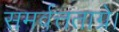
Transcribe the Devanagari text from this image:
समर्वत्तताग्रे।